Medical and sanitary report of the native army of Bengal for the year
Year: 1877
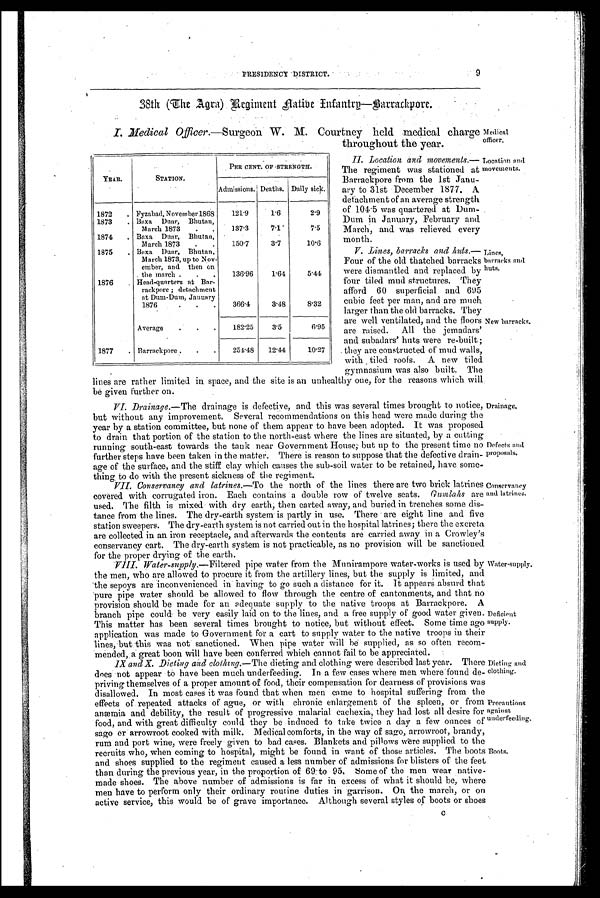
9
PRESIDENCY DISTRICT.
38th (The Agra) Regiment Native Infantro- Barrackpore.
I. Medical Officer.—Surgeon W. M. Courtney held medical charge
throughout the year.
Medical officer.
YEAR.
S T A T I O N .
P E R CE NT . OF S T R E NGT HY.
Admissions. Deaths.
Daily sick.
1872
Fyzabad, November 1868
1 2 1 . 9
1 . 6
2 . 9
1873
Baxa Duar, Bhutan, March 1873
1 3 7 . 3
7 . 1
7 . 5
1874
Baxa Duar, Bhutan March 1873.
1 5 0 . 7
3 . 7
1 0 . 6
1875
Baxa Duar, Bhutan, March 1873, up to November, and then on the march.
1 3 6 . 9 6
1 . 6 4
5 . 4 4
1876
Head-quarters at Barrackpore; detachment at Dum, January 1876
3 6 6 . 4
3 . 4 8
8 . 3 2
Average
1 8 2 . 2 5
3 . 5
6 . 9 5
1877
Barrackpore
2 5 4 . 4 8
1 2 . 4 4
1 0 . 2 7
II. Location and movements.—
The regiment was stationed at
Barrackpore from the 1st Janu-
ary to 31st December 1877. A
detachment of an average strength
of 104.5 was quartered at Dum-
Dum in January, February and
March, and was relieved every
month.
V. Lines, barracks and lints.—
Four of the old thatched barracks
were dismantled and replaced by
four tiled mud structures. They
afford 60 superficial and 695
cubic feet per man, and are much
larger than the old barracks. They
are well ventilated, and the floors
are raised. All the jemadars'
and subadars' huts were re-built ;
they are constructed of mud walls,
with tiled roofs. A new tiled
gymnasium was also built. The
Location and.
novements.
Lines, barracks and huts.
New barracks.
lines are rather limited in space, and the site is an unhealthy one, for the reasons which will
be given further on.
VI. Drainage.— The drainage is defective, and this was several times brought to notice,
but without any improvement. Several recommendations on this head were made during the
year by a station committee, but none of them appear to have been adopted. It was proposed
to drain that portion of the station to the north-east where the lines are situated, by a cutting
running south-east towards the tank near Government House;but up to the present time no
further steps have been taken in the matter. There is reason to suppose that the defective drain-
age of the surface, and the stiff clay which causes the sub-soil water to be retained, have some-
thing to do with the present sickness of the regiment.
VII. Conservancy and latrines.—To the north of the lines there are two brick latrines
covered with corrugated iron. Each contains a double row of twelve seats. Onnztaks are
used. The filth is mixed with dry earth; then carted away, and buried in trenches some dis-
tance from the lines. The dry-earth system is partly in use. There are eight line and five
station sweepers. The dry-earth system is not carried out in the hospital latrines; there the excreta
are collected in an iron receptacle, and afterwards the contents are carried away in a Crowley's
conservancy cart. The dry-earth system is not practicable, as no provision will be sanctioned
for the proper drying of the earth.
VIII. Water-supply.— Filtered pipe water from the Munirampore water-works is used by
the men, who areallowed to procure it from the artillery lines, but the supply is limited, and
the sepoys are inconvenienced in having to go such a distance far it. It appears absurd that
'pure pipe water should be allowed to flow through the centre of cantonments, and that no
provision should be made for an adequate supply to the native troops at Barrackpore. A
branch pipe could be very easily laid on to the lines, and a free supply of good water given.
This matter has been several times brought to notice, but without effect. Some time ago
application was made to Government for a cart to supply water to the native troops in their
lines,lut this was not sanctioned. When pipe water will be supplied, as so often recom-
mended,a great boon will have been conferred which cannot fail to be appreciated.
IX and X. Dieting and clothing.— The dieting and clothing were described last year. There
does not appear to have been much underfeeding. In a few cases where men where found de-
priving themselves of a proper amount of food, their compensation for dearness of' provisions was
disallowed. In most cases it was found that when men came to hospital suffering from the
effects of repeated attacks of ague, or with chronic enlargement of the spleen, or from
anaemia and debility, the result of progressive malarial cachexia, they had lost all desire for
food, and with great difficulty could they be induced to take twice a day a few ounces of
sago or arrowroot cooked with milk. Medical comforts, in the way of sago, arrowroot, brandy,
rum and port wine, were freely given to bad cases. Blankets and pillows were supplied to the
recruits who, when coming to hospital, might be found in want of those articles. The boots
and shoes supplied to the regiment caused a less number of admissions for blisters of the feet
than during the previous year, in the proportion of 69: to 95, some of the men wear native-
made shoes. The above number of admissions is far in excess of what it should be, where
men have to perform only their ordinary routine duties in garrison. On the march, or on
active service, this would be of grave importance. Although several styles of boots or shoes
C
Drainage,
Defects an
d proposals.
Conservaney
and latrines.
Water-supply.
Deficient
supply.
Dieting and
clothing.
?remotions
against
underfeeding.
Boots..